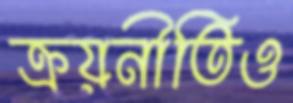
ক্রয়নীতিও